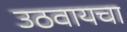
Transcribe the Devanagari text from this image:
उठवायचा